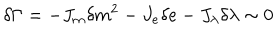
\delta \Gamma = - J _ { m } \delta m ^ { 2 } - J _ { e } \delta e - J _ { \lambda } \delta \lambda \sim 0